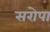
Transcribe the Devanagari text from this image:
सरोपा